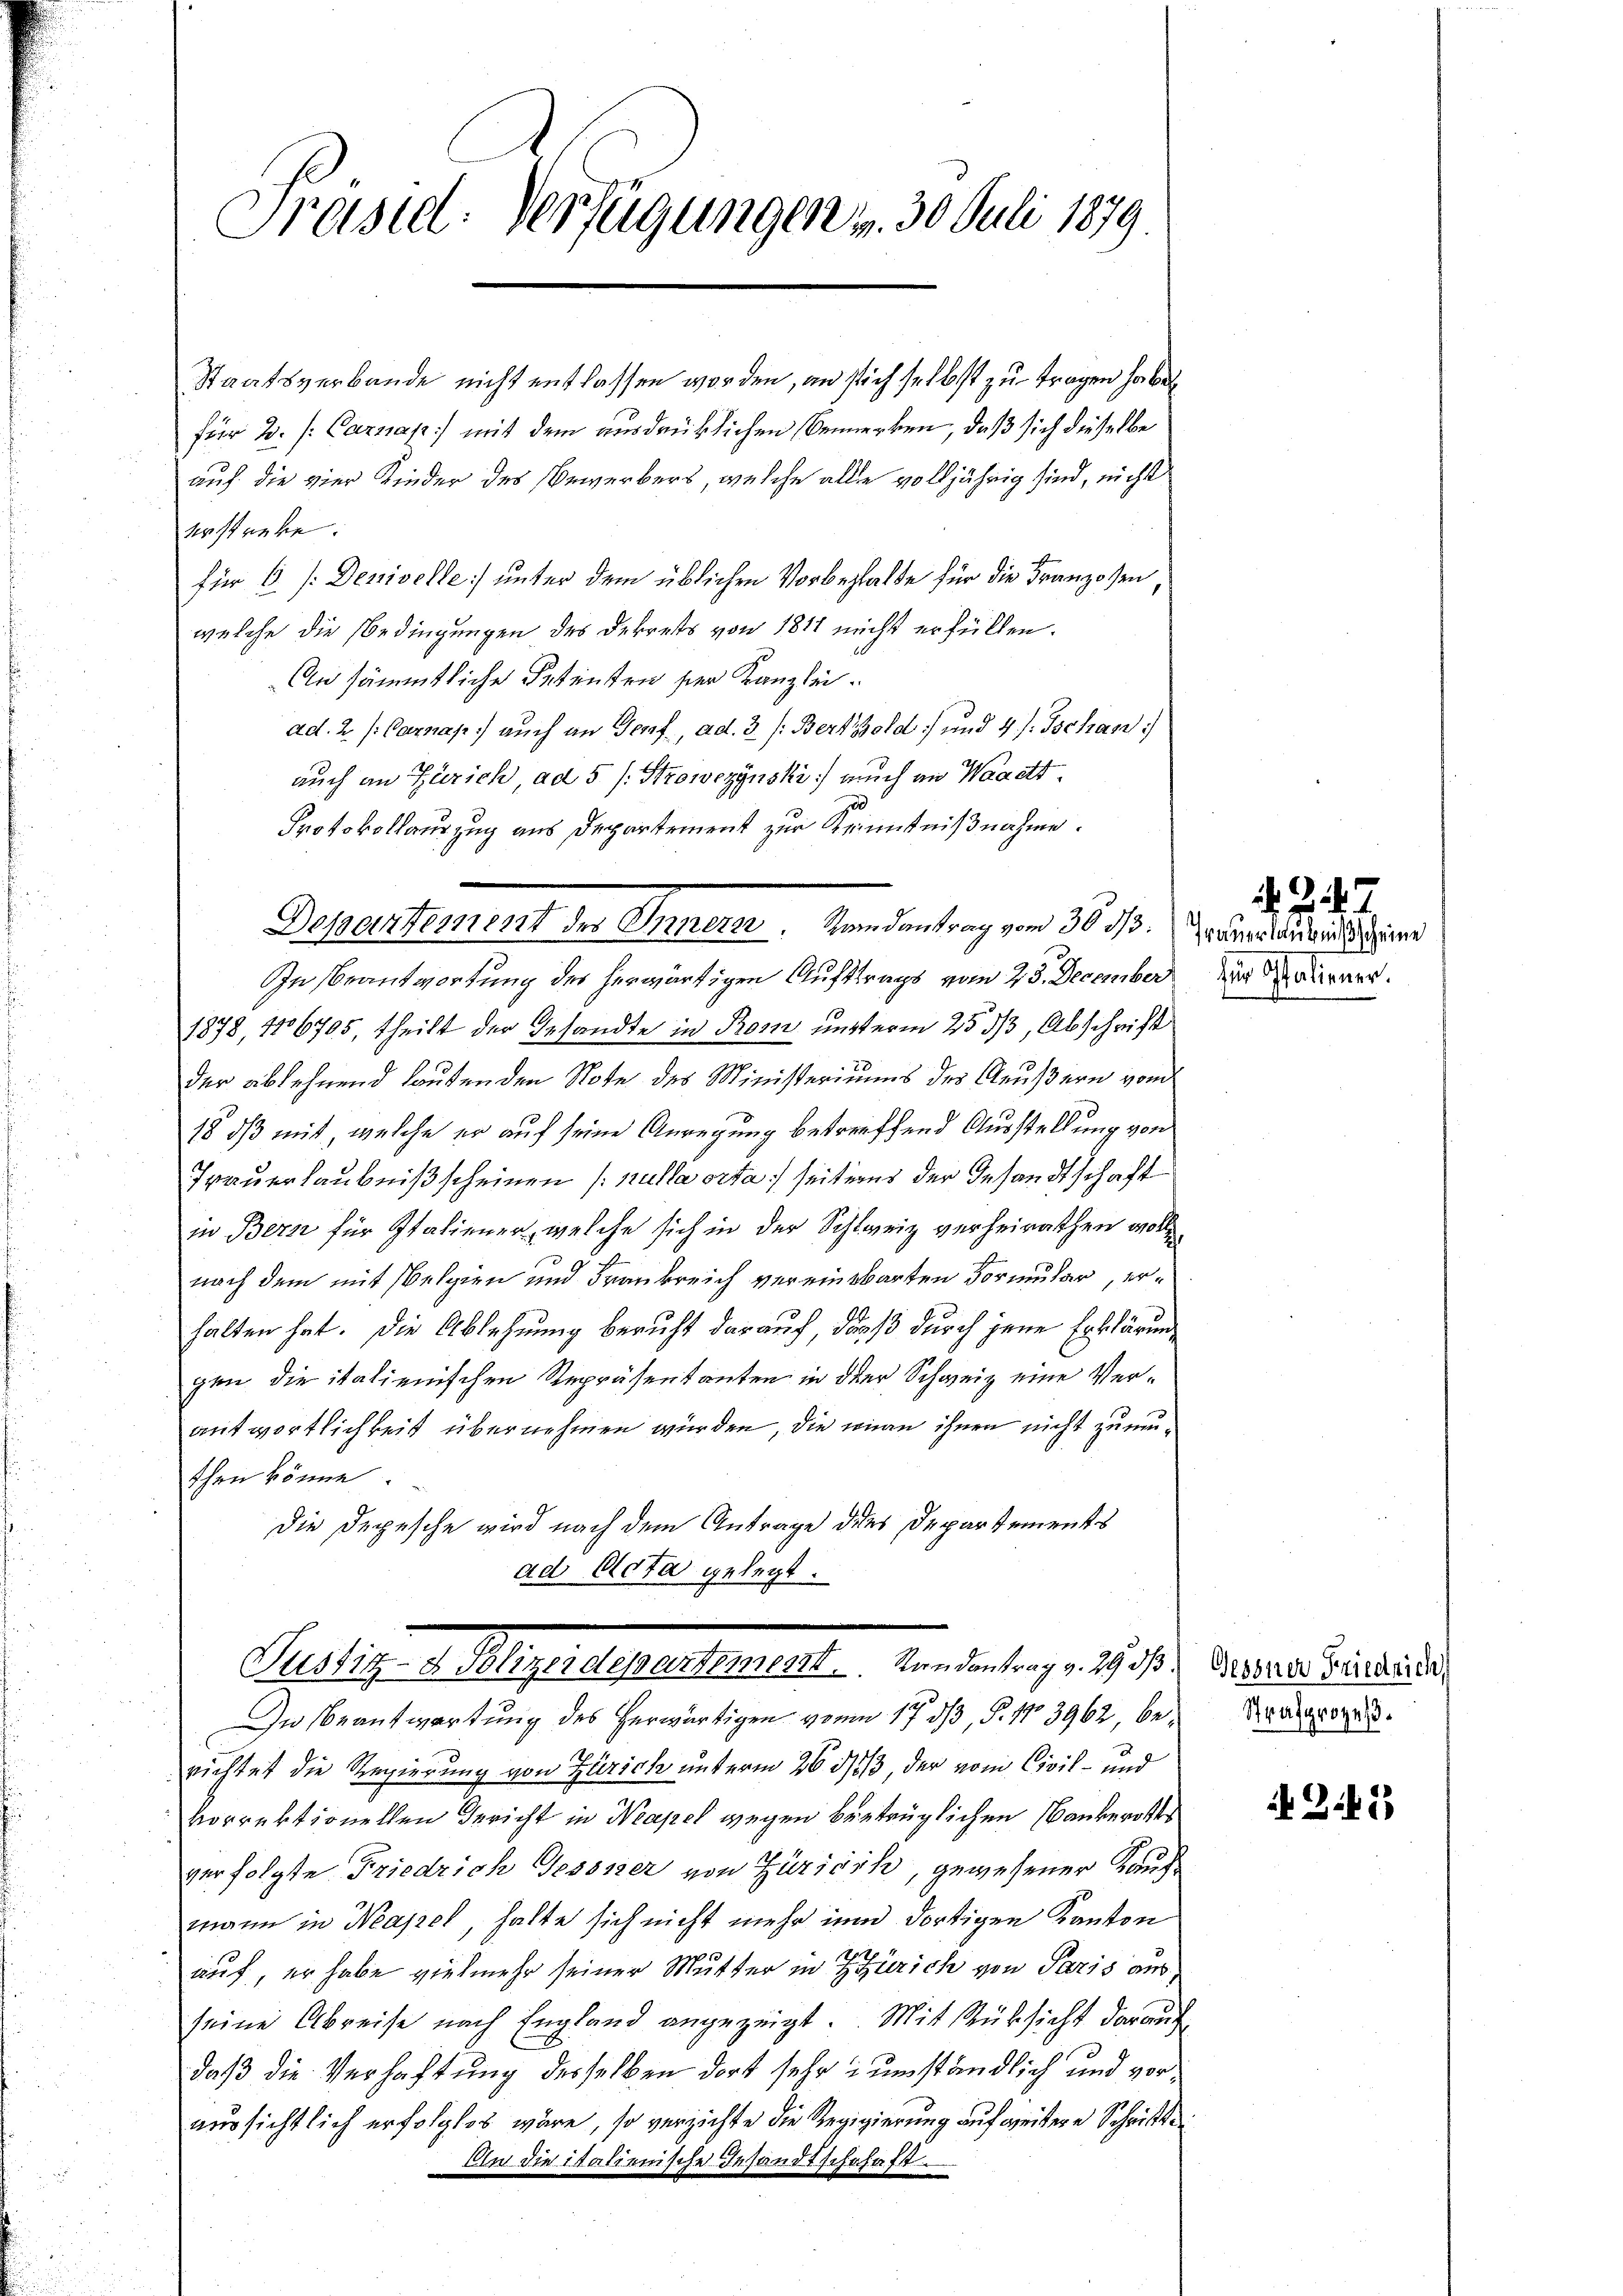
Präsiel. Verfügungen v. 30. Juli 1879.

Staatsverbande nicht entlassen worden, an sich selbst zu tragen habe
für 2. / Carnap) mit dem ausdrücklichen Bemerken, daß sich dieselbe
auf die vier Kinder des Bewerbers, welche alle volljährig sind, nicht
erstreke.
für 6 [Deniselle unter dem üblichen Vorbehalte für die Franzosen,
welche die Bedingungen des Dekrets von 1811 nicht erfüllen.
An sämmtliche Petenten ser Kanzlei.
ad. 2. / Carnap) auch an Genf, ad. 3. /: Bertold und 4./. Tschan
auch an Zürich, ad 5 (: Strowczynski auch an Waaett
Protokollauszug aus Departement zur Kenntnißnahme.

Dosentement der Innern. Standentrag von 30 15. Juni derseitigens

In Beantwortung des herwärtigen Auftrags vom 23. December
1878, 116705, theilt der Gesandte in Rom unterm 25. 33, Abschrift
der ablehnend lautenden Note des Ministeriums des Aeußern vom
18 dß mit, welche er auf seine Anregung betreffend Ausstellung von
Trauerlaubniß scheinen (nulla orta, seiteres der Gesandtschaft
in Berne für Italiener, welche sich in der Schweiz verheirathen wolle.
nach dem mit Belgien und Frankreich vereinbarten Formular, erhalten hat. Die Ablehnung beruht darauf, dass durch jene Erklärung
gen die italienischen Repräsentanten in der Schweiz eine Verantwortlichkeit übernehmen wurden, die wien ihnen nicht zumuthen könne.
Die Depesche wird nach dem Antrage dies Departements
ad Acta gelegt.

Pellig u. August gestellt Bundenberg und ist. Da es in dieser

In Beantwortung des herwärtigen von 17 dß, §. 13962, be¬ Drangeord
richtet die Regierung von Zürich unterm 26. 353, der vom Civil- und
vorrektionellen Gericht in Neapel wegen betrüglichen Bankerott
verfolgte Friedrich Gessner von Zürich, gewesener Kauf-
mann in Neapel, halte sich nicht mehr nun dortigen Kanton
auf, er habe vielmehr seiner Mutter in Zürich von Paris aus,
seine Abreise nach England angezeigt. Mit Rüksicht darauf
daß die Verhaftung desselben dort sehr umständlich und voraussichtlich erfolglos wäre, so verzichte die Regigierung auf weitere Schritte
An die italienische Insandtschehaft.

24
für Italiener.

N 22